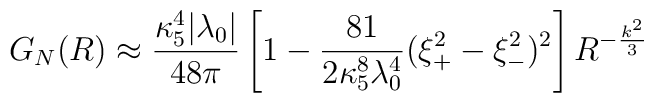
G_{N}(R)\approx {\kappa_{5}^4|\lambda_{0}|\over 48\pi}\left[1-{81\over 2\kappa_{5}^8\lambda_{0}^4}(\xi_{+}^2-\xi_{-}^2)^2\right]R^{-\frac{k^2}{3}}